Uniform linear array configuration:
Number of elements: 32
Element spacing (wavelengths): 0.5
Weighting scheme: cosine
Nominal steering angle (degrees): -30
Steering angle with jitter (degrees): -29.68
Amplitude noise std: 0.05
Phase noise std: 0.05

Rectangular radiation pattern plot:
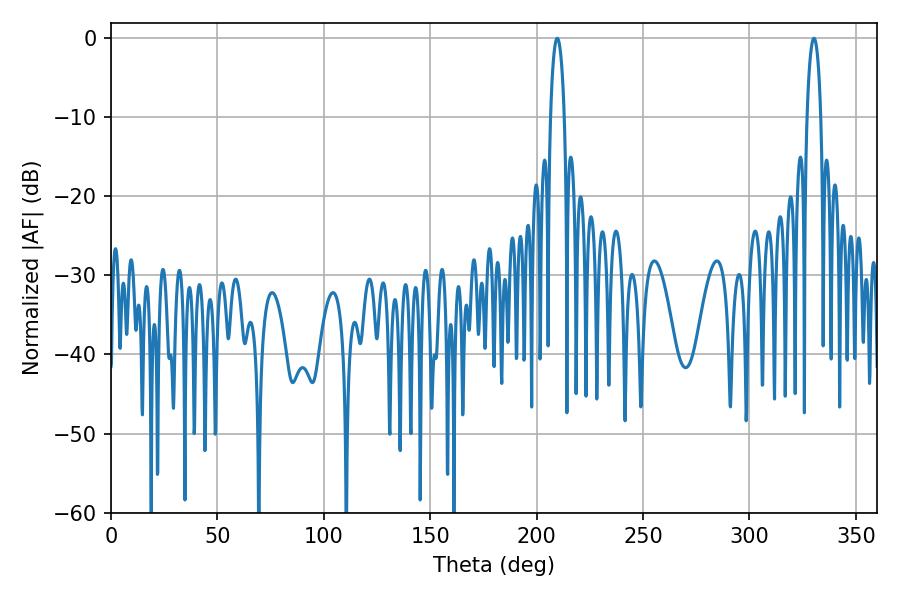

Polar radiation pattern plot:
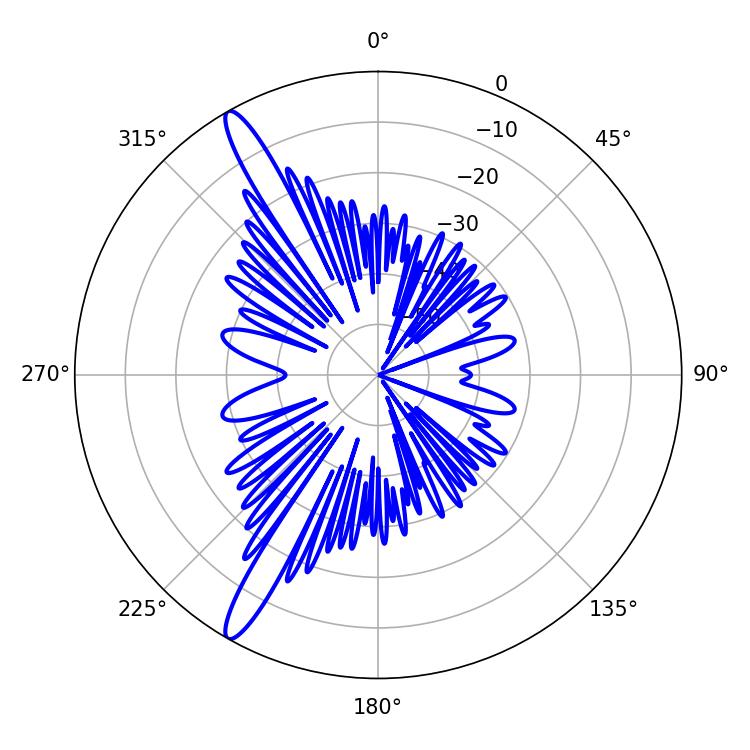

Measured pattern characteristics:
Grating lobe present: FALSE
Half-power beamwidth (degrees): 3.6
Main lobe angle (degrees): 209.7